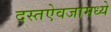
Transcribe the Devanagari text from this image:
दस्तऐवजामध्ये